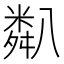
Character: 𥻋